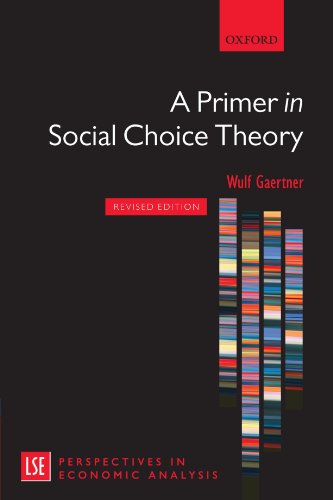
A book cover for A Primer in Social Choice Theory: Revised Edition (London School of Economics Perspectives in Economic Analysis); Wulf Gaertner; Science & Math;